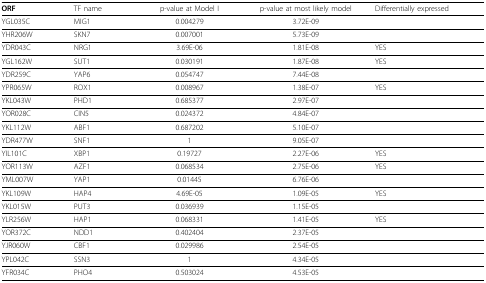
<table><thead><tr><td><b>ORF</b></td><td><b>TF name</b></td><td><b>p-value at Model I</b></td><td><b>p-value at most likely model</b></td><td><b>Differentially expressed</b></td></tr></thead><tbody><tr><td>YGL035C</td><td>MIG1</td><td>0.004279</td><td>3.72E-09</td><td></td></tr><tr><td>YHR206W</td><td>SKN7</td><td>0.007001</td><td>5.73E-09</td><td></td></tr><tr><td>YDR043C</td><td>NRG1</td><td>3.69E-06</td><td>1.81E-08</td><td>YES</td></tr><tr><td>YGL162W</td><td>SUT1</td><td>0.030191</td><td>1.87E-08</td><td>YES</td></tr><tr><td>YDR259C</td><td>YAP6</td><td>0.054747</td><td>7.44E-08</td><td></td></tr><tr><td>YPR065W</td><td>ROX1</td><td>0.008967</td><td>1.38E-07</td><td>YES</td></tr><tr><td>YKL043W</td><td>PHD1</td><td>0.685377</td><td>2.97E-07</td><td></td></tr><tr><td>YOR028C</td><td>CIN5</td><td>0.024372</td><td>4.84E-07</td><td></td></tr><tr><td>YKL112W</td><td>ABF1</td><td>0.687202</td><td>5.10E-07</td><td></td></tr><tr><td>YDR477W</td><td>SNF1</td><td>1</td><td>9.05E-07</td><td></td></tr><tr><td>YIL101C</td><td>XBP1</td><td>0.19727</td><td>2.27E-06</td><td>YES</td></tr><tr><td>YOR113W</td><td>AZF1</td><td>0.068534</td><td>2.75E-06</td><td>YES</td></tr><tr><td>YML007W</td><td>YAP1</td><td>0.01445</td><td>6.76E-06</td><td></td></tr><tr><td>YKL109W</td><td>HAP4</td><td>4.69E-05</td><td>1.09E-05</td><td>YES</td></tr><tr><td>YKL015W</td><td>PUT3</td><td>0.036939</td><td>1.15E-05</td><td></td></tr><tr><td>YLR256W</td><td>HAP1</td><td>0.068331</td><td>1.41E-05</td><td>YES</td></tr><tr><td>YOR372C</td><td>NDD1</td><td>0.402404</td><td>2.37E-05</td><td></td></tr><tr><td>YJR060W</td><td>CBF1</td><td>0.029986</td><td>2.54E-05</td><td></td></tr><tr><td>YPL042C</td><td>SSN3</td><td>1</td><td>4.34E-05</td><td></td></tr><tr><td>YFR034C</td><td>PHO4</td><td>0.503024</td><td>4.53E-05</td><td></td></tr></tbody></table>